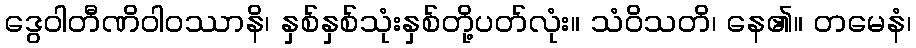
ဒွေဝါတီဏိဝါဝဿာနိ၊ နှစ်နှစ်သုံးနှစ်တို့ပတ်လုံး။ သံဝိသတိ၊ နေ၏။ တမေနံ၊